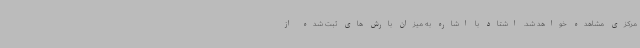
مرکزی مشاهده خواهد شد. اشتاد با اشاره به میزان بارش های ثبت شده از